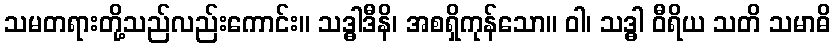
သမတရားတို့သည်လည်းကောင်း။ သဒ္ဓါဒီနိ၊ အစရှိကုန်သော။ ဝါ၊ သဒ္ဓါ ဝီရိယ သတိ သမာဓိ